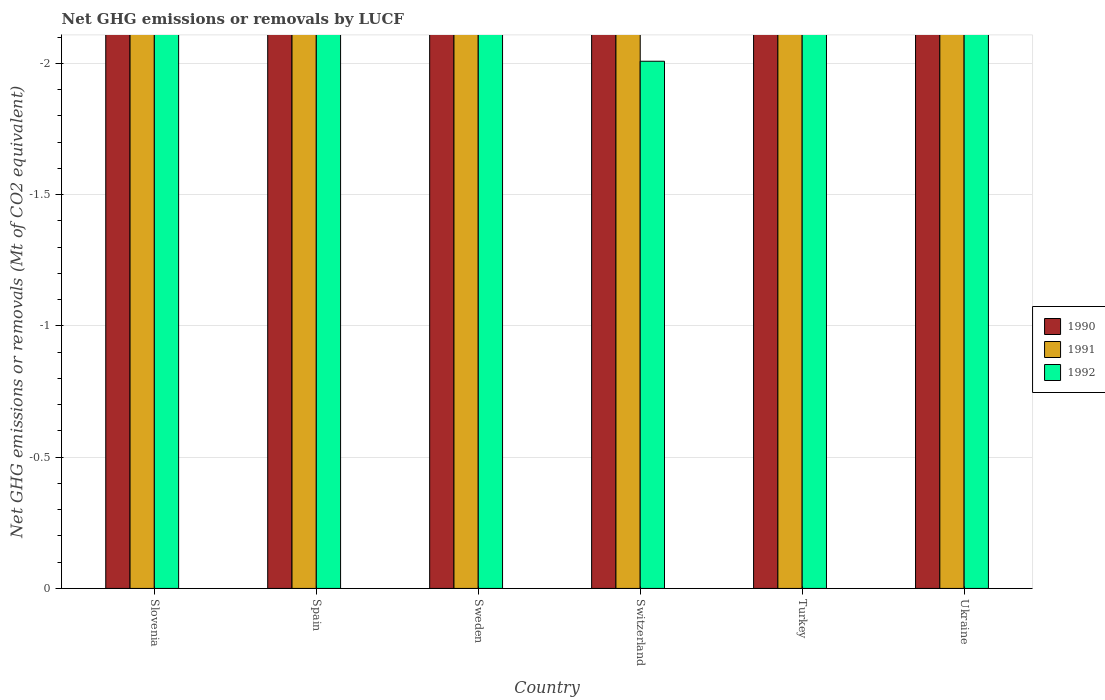
| Country | 1990 | 1991 | 1992 |
 | --- | --- | --- | --- |
 | Slovenia | -7.27 | -7.26 | -7.29 |
 | Spain | -19.1 | -18.9 | -17.7 |
 | Sweden | -44.7 | -45.8 | -42.1 |
 | Switzerland | -2.73 | -2.59 | -2.01 |
 | Turkey | -44.9 | -56.3 | -60.7 |
 | Ukraine | -69.9 | -77.7 | -64.4 |